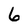
Character: 6